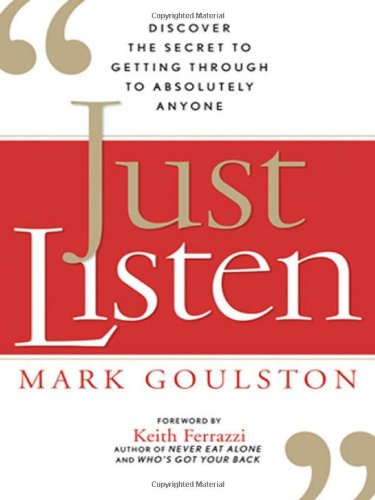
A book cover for Just Listen: Discover the Secret to Getting Through to Absolutely Anyone; Mark Goulston M.D.; Self-Help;